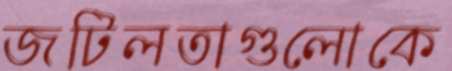
জটিলতাগুলোকে